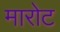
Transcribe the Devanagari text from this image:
मारोट